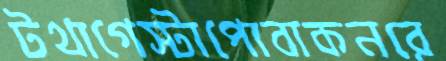
টথাগেস্টাপোবাকনরে